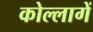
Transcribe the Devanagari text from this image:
कोल्लागें